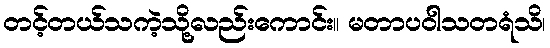
တင့်တယ်သကဲ့သို့လည်းကောင်း။ မတာပဝါသတရံသိ၊